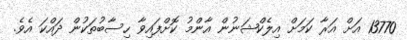
13770 އަށް އަރާ ކަމަށް އިލެކްޝަނުން އާންމު ކޮށްފައިވާ ހިސާބުތަކުން ދައްކަ އެވެ.